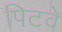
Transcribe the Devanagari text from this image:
पिटवे